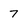
Character: 7